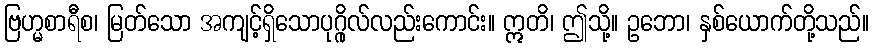
ဗြဟ္မစာရီစ၊ မြတ်သော အကျင့်ရှိသောပုဂ္ဂိုလ်လည်းကောင်း။ ဣတိ၊ ဤသို့။ ဥဘော၊ နှစ်ယောက်တို့သည်။